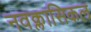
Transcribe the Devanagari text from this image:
नवक्लासिकल